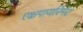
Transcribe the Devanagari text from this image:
एक्षपायरिमेंट